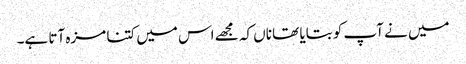
میں نے آپ کو بتایا تھا ناں کہ مجھے اس میں کتنا مزہ آتا ہے۔